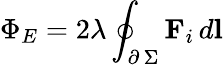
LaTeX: \Phi_{E}=2\lambda\oint_{\scriptstyle\partial\, \Sigma}\textbf{F}_{i}\, d\textbf{l}